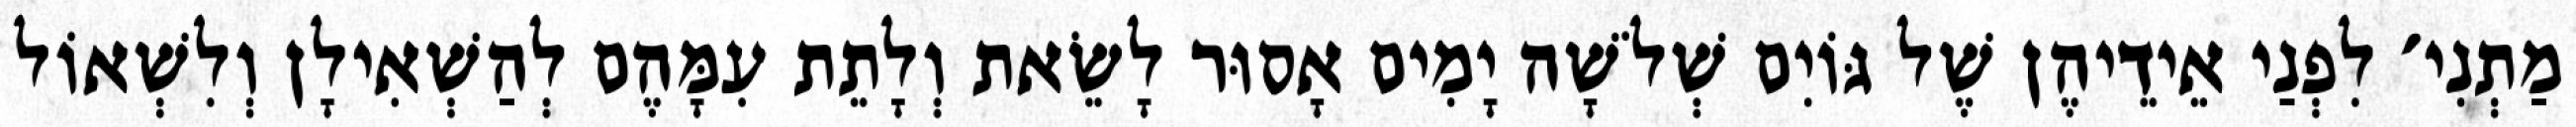
מַתְנִי׳ לִפְנַי אֵידֵיהֶן שֶׁל גּוֹיִם שְׁלֹשָׁה יָמִים אָסוּר לָשֵׂאת וְלָתֵת עִמָּהֶם לְהַשְׁאִילָן וְלִשְׁאוֹל